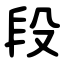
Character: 段